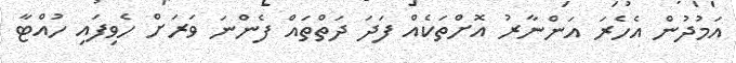
އަމުދުން އެހެރަ އަންނާރު އޮށްތަކެއް ފަދަ ދަތްތައް ފެންނަ ވަރަށް ހެވިފައި ހުއްޓާ